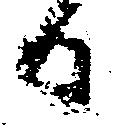
日